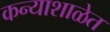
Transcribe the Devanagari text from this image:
कन्याशाळेत